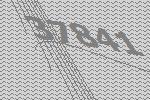
37841